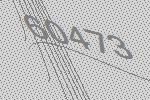
60473